Annual report on the Civil Veterinary Department, Burma (including the Insein Veterinary School) - 1932-1941
Year: 1932
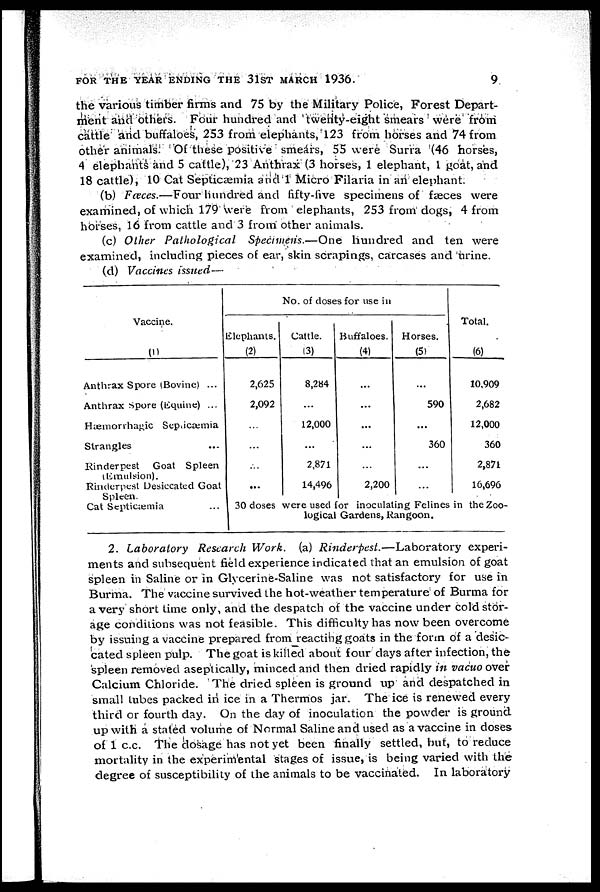
FOR THE YEAR ENDING THE 31ST MARCH 1936.
9
the various timber firms and 75 by the Military Police, Forest Depart-
ment and others. Four hundred and twenty-eight smears were from
cattle and buffaloes, 253 from elephants, 123 from horses and 74 from
other animals. Of these positive smears, 55 were Surra (46 horses,
4 elephants and 5 cattle), 23 Anthrax (3 horses, 1 elephant, 1 goat, and
18 cattle), 10 Cat Septicæmia and 1 Micro Filaria in an elephant.
(b) Fcvces.—Four hundred and fifty-five specimens of fæces were
examined, of which 179 were from elephants, 253 from dogs, 4 from
horses, 16 from cattle and 3 from other animals.
(c) Oilier Pathological
Specimens.—One
hundred and ten were
examined, including pieces of ear, skin scrapings, carcases and urine.
(d) Vaccines issued—
Vaccine.
(1)
Anthrax Spore (Bovine) ...
Anthrax Spore (Equine) ...
Hæmorrhagic Septicæmia
Strangles ...
Rinderpest
Goat Spleen
(Emulsion).
Rinderpest Desiccated Goat
Spleen.
Cat Septicæmia ...
No. of doses for use in
Elephants.
(2)
2,625
2,092
...
...
...
...
Cattle.
(3)
8,284
...
12,000
...
2,871
14,496
Buffaloes.
(4)
...
...
...
...
...
2,200
Horses.
(5)
...
590
...
360
...
...
Total.
(6)
10,909
2,682
12,000
360
2,871
16,696
30 doses were used for inoculating Felines in the Zoo-
logical Gardens, Rangoon.
2. Laboratory
Research Work.
(a) Rinderpest.—Laboratory
experi-
ments and subsequent field experience indicated that an emulsion of goat
spleen in Saline or in Glvcerine-Saline was not satisfactory for use in
Burma. The vaccine survived the hot-weather temperature of Burma for
a very short time only, and the despatch of the vaccine under cold stor-
age conditions was not feasible. This difficulty has now been overcome
by issuing a vaccine prepared from reacting goats in the form of a desic-
cated spleen pulp. The goat is killed about four days after infection, the
spleen removed aseptically, minced and then dried rapidly in vacuo over
Calcium Chloride. The dried spleen is ground up and despatched in
small tubes packed in ice in a Thermos jar. The ice is renewed every
third or fourth day. On the day of inoculation the powder is ground
up with a staled volume of Normal Saline and used as a vaccine in doses
of 1 c.c. The dosage has not yet been finally settled, but, to reduce
mortality in the experimental stages of issue, is being varied with the
degree of susceptibility of the animals to be vaccinated. In laboratory